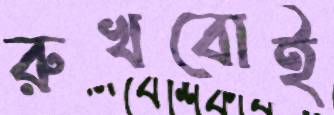
রুখবোই